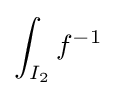
\int _{I_{2}}f^{-1}